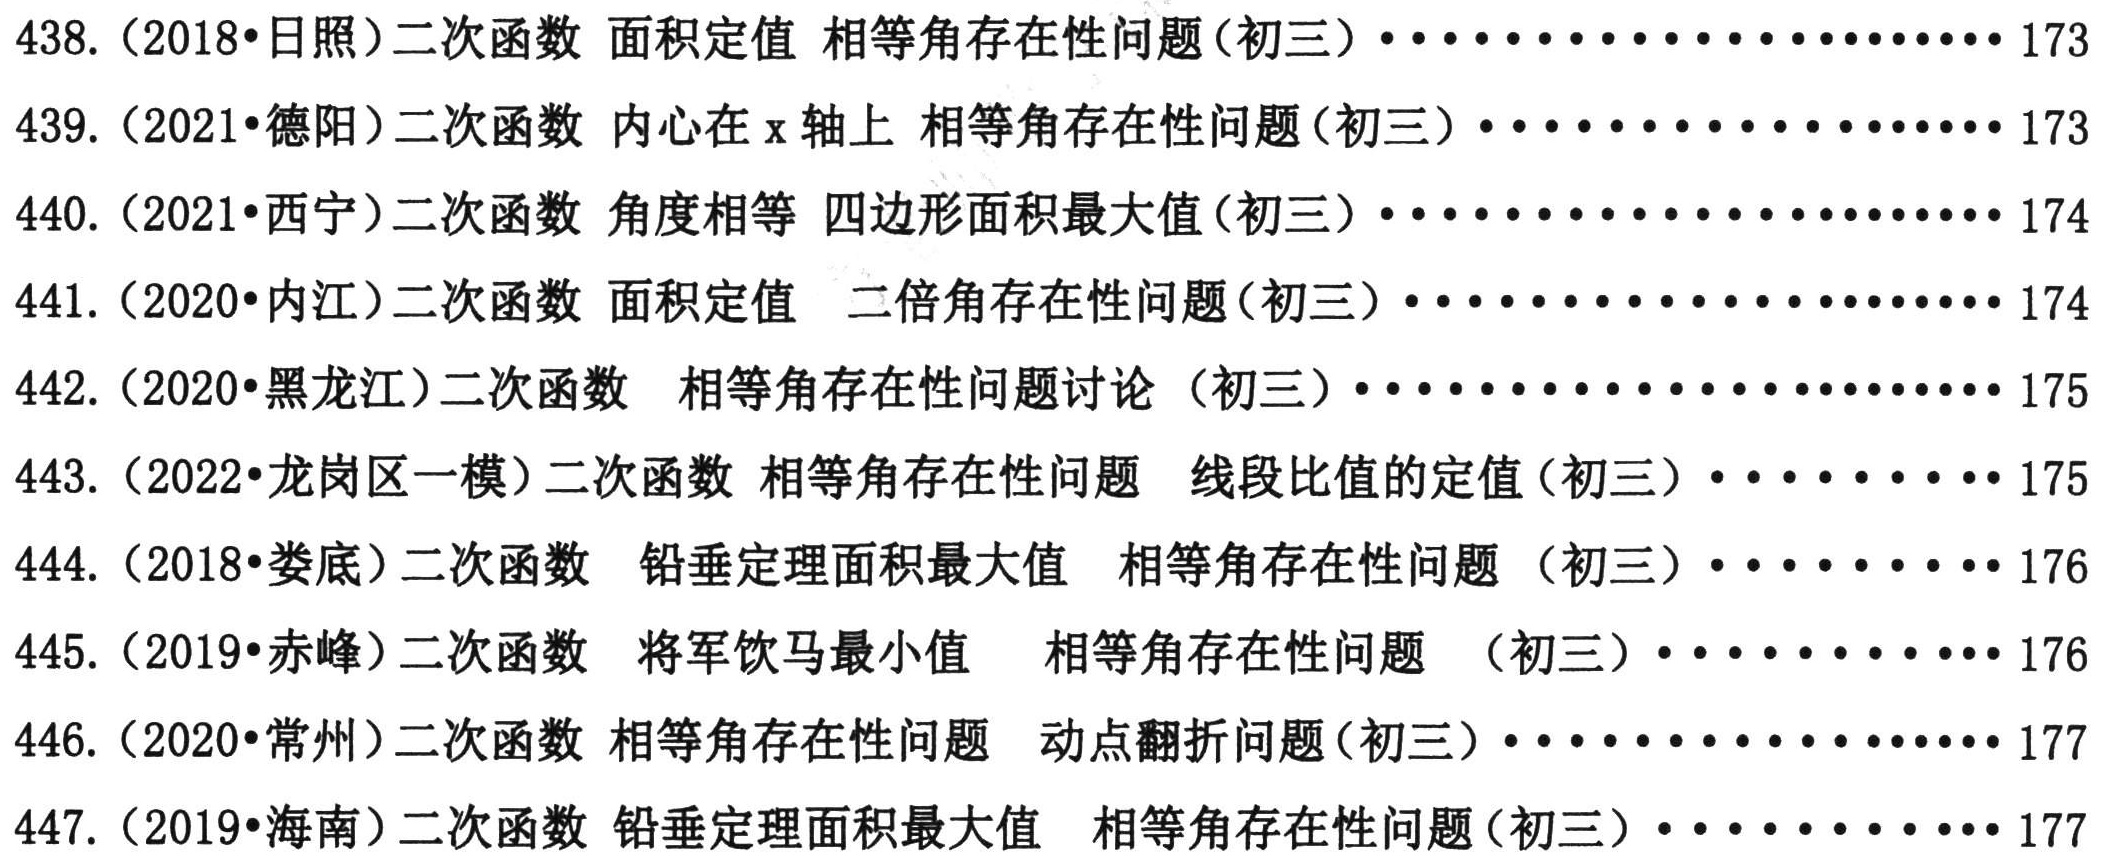
438. (2018•日照)二次函数 面积定值 相等角存在性问题(初三)····················173
439. (2021•德阳)二次函数 内心在\(x\)轴上 相等角存在性问题(初三)····················173
440. (2021•西宁)二次函数 角度相等 四边形面积最大值(初三)····················174
441. (2020•内江)二次函数 面积定值  二倍角存在性问题(初三)····················174
442. (2020•黑龙江)二次函数  相等角存在性问题讨论 (初三)····················175
443. (2022•龙岗区一模)二次函数 相等角存在性问题  线段比值的定值(初三)··········175
444. (2018•娄底)二次函数  铅垂定理面积最大值  相等角存在性问题 (初三)··········176
445. (2019•赤峰)二次函数  将军饮马最小值  相等角存在性问题  (初三)············176
446. (2020•常州)二次函数 相等角存在性问题  动点翻折问题(初三)····················177
447. (2019•海南)二次函数 铅垂定理面积最大值  相等角存在性问题(初三)····················177